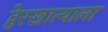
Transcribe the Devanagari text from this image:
हेरखात्याला